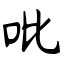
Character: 吡